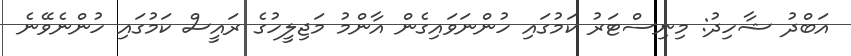
އަބްދު ޝާހިދު: މިނިސްޓަރު ކަމުގައި ހުންނަވައިގެން އާންމު މަޖިލީހުގެ ރައީސް ކަމުގައި ހުންނެވޭނެ